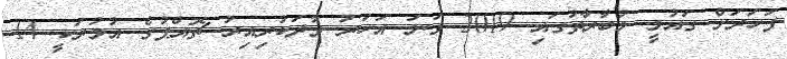
ފަހަރަށް ގައުމީ މުބާރާތުގައި 2019 ވަނަ އަހަރު ވާދަކުރިއިރު ޗޮއްޕުގެ އުމުރަކީ 14